Annual administration and progress report of the Indian Medical Department, Bombay
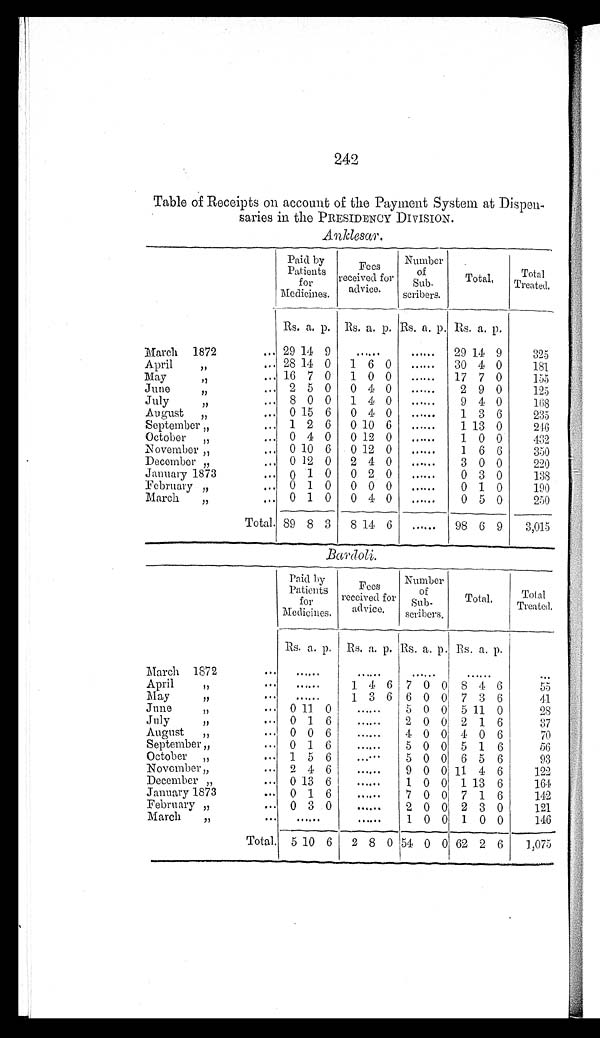
242
Table of Receipts on account of the Payment System at Dispen-
saries in the PRESIDENCY DIVISION.
Anklesar.
Paid by
Patients
for
Medicines.
received
Fees
for
advice .
Number
of
Sub-
scribers.
Total.
To t a l Tr e a t e d .
Rs. a. p. Rs. a. p. Rs. a. p. Rs. a. p.
March 1872
... 29 14 9
.......
......
29 14 9
325
April
... 28 14 0
1 6 0
......
30 4 0
181
May
... 10 7 0
1 0 0
......
17 7 0
155
Juno
... 2 5 0
0 4 0
......
2 9 0
125
July
... 8 0 0
1 4 0
......
9 4 0
168
August
... 0 15 6
0 4 0
......
1 3 6
235
September
... 1 2 6
0 10 6
......
1 13 0
246
October
... 0 4 0
0 12 0
......
1 0 0
432
November „
... 0 10 6
0 12 0
......
1 6 6
350
December "
,.. 0 12 0
2 4 0
......
3 0 0
220
January 1873
... 0 1 0
0 2 0
......
0 3 0
138
February "
.., 0 1 0
0 0 0
......
0 1 0
190
March
"
... 0 1 0
0 4 0
......
0 5 0
250
Total. 89 8 3
8 14 6
......
98 6 9
3,015
Bardoli.
Paid by
Patients
for
Medicines.
Fees
received for
advice.
Number
of
Sub-
scribers.
Total.
T o t a l
Treated.
Rs. a. p. Rs. a. p. Rs. a. p. Rs. a. p.
March 1872
...
......
......
......
......
...
April
"
...
...... 1
4 6 7 0 0 8 4 6
55
May
"
...
......
1 3 6 6 0 0 7 3 6
41
June
"
... 0 11 0
.. .. . .
5 0 0 5 11 0
28
July
"
0 1 6
......
2 0 0 2 1 6
37
August
"
... 0 0 6
......
4 0 0 4 0 6
70
September "
. . 0 1 6
......
5 0 0 5 1 6
56
October "
... 1 5 6
....
5 0 0 6 5 6
93
November "
... 2 4 6
......
9 0 0 11 4 6
122
December "
... 0 13 6
......
1 0 0 1 13 6
164
January 1873
... 0 1 6
......
7 0 0 7 1 6
142
February "
... 0 3 0
......
2 0 0 2 3 0
121
March
"
...
......
......
1 0 0 1 0 0
146
Total. 5 10 6
2 8 0 54 0 0 62 2 6
1,075